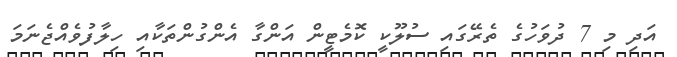
އަދި މި 7 ދުވަހުގެ ތެރޭގައި ސުލޫކީ ކޮމެޓީން އަންގާ އެންގުންތަކާއި ހިލާފުވެއްޖެނަމަ